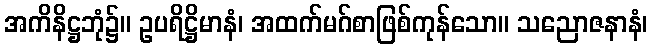
အကိနိဋ္ဌဘုံ၌။ ဥပရိဋ္ဌိမာနံ၊ အထက်မဂ်စာဖြစ်ကုန်သော။ သညောဇနာနံ၊